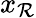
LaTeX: {x}_{\mathcal{R}}